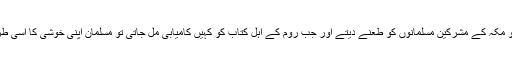
فارس کے مجوسی پیش رفت کرتے تو مکہ کے مشرکین مسلمانوں کو طعنے دیتے اور جب روم کے اہل کتاب کو کہیں کامیابی مل جاتی تو مسلمان اپنی خوشی کا اسی طرح مشرکین کے سامنے اظہار کرتے۔